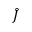
\hat { J }